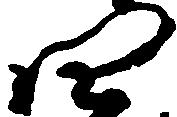
四